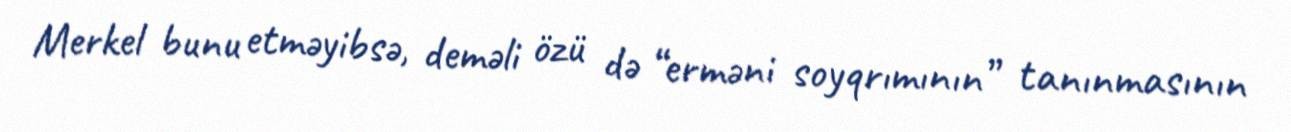
Merkel bunu etməyibsə, deməli özü də “erməni soyqrımının” tanınmasının